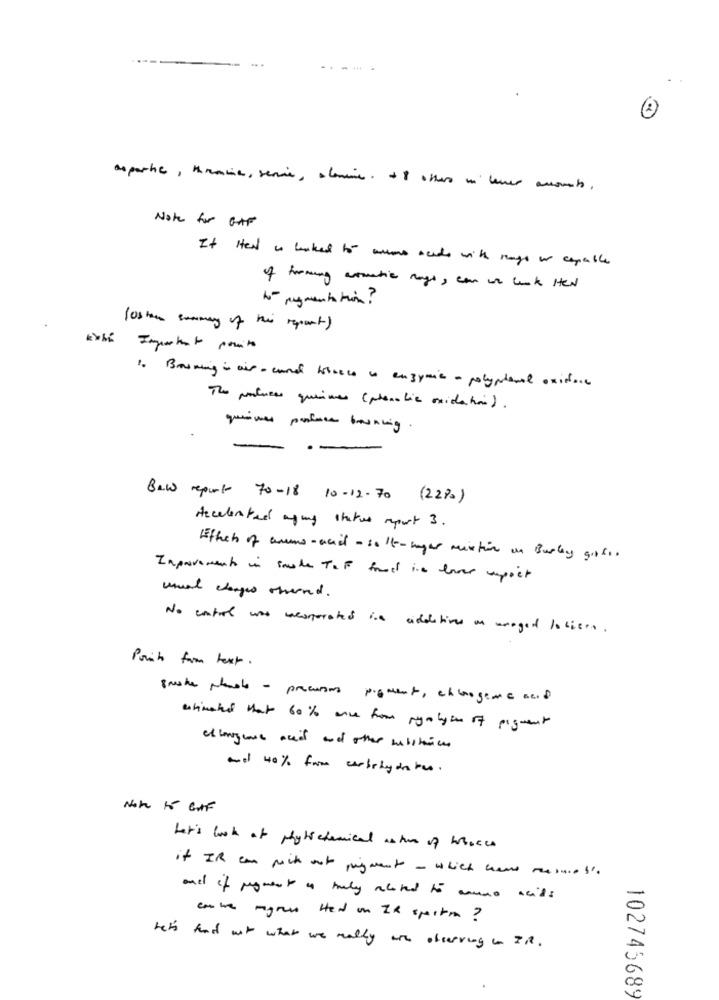
---
departie, kracie, servie, atomic. +8 other m' lenco amorto,
Note for GAF
It Hed is booked to mas cado with mags are capable
of forming automatic mange, can we look Hel
(os tem summary of this report)
ŁYM
Important ports
1. Banning in air- conel bosueco a enzymic - polyphenal oxidore
The polurss queina (phenolic oxidation).
quines polsce bouncing
Bew report 70-18 10-12-70 (22%)
Accelerated agung status report 3.
Either of arms- and - so 'e- maghe mixtion an Barley gosto.
Improvements in sauber Tet found in love upoct
wund charges sherred.
No entire was weoperated ine additives an anaged Ioliers .
Point form text.
gmake plansle - precursors pigment, elcogeme acid
estimated that 60 % once from gigabyte of pigment
allergens aceif and other substances
and 40% fame carbohydrates.
Not 15 Golf
Let's look at physichemical asthe of tracce
if IR can mit out pigment- which were mesmo l'
and if megment a truly related to anno acids
cole magnus Hed on IR spiro ?
he's and not what we really are observing in IR.
102745689